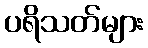
ပရိသတ်များ